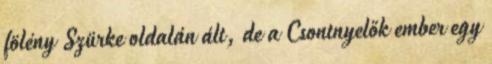
fölény Szürke oldalán ált, de a Csontnyelők ember egy